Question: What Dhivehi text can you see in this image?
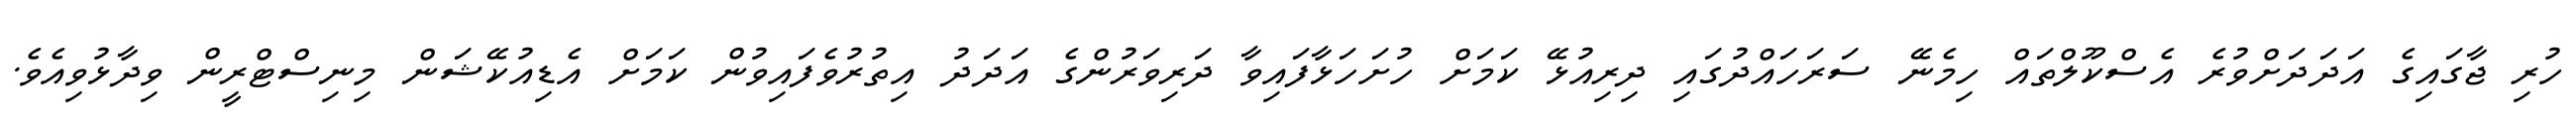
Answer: ހުރި ޖާގައިގެ އަދަދަށްވުރެ އެސްކޫލްތައް ހިމެނޭ ސަރަހައްދުގައި ދިރިއުޅޭ ކަމަށް ހުށަހަޅާފައިވާ ދަރިވަރުންގެ އަދަދު އިތުރުވެފައިވުން ކަމަށް އެޑިއުކޭޝަން މިނިސްޓްރީން ވިދާޅުވިއެވެ.